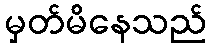
မှတ်မိနေသည်